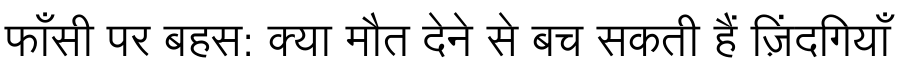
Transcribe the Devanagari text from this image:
फाँसी पर बहस: क्या मौत देने से बच सकती हैं ज़िंदगियाँ